Civil Veterinary Department. Madras. Admin. report 1926-33 - 1926-1933
Year: 1926
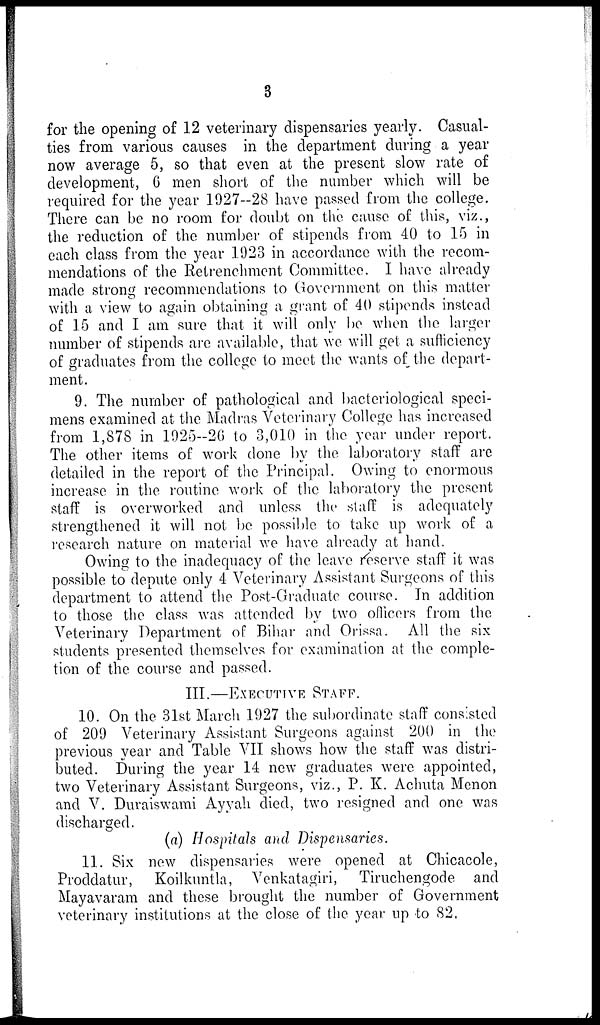
3
for the opening of 12 veterinary dispensaries yearly. Casual-
ties from various causes in the department during a year
now average 5, so that even at the present slow rate of
development, 6 men short of the number which will be
required for the year 1927—28 have passed from the college.
There can be no room for doubt on the cause of this, viz.,
the reduction of the number of stipends from 40 to 15 in
each class from the year 1923 in accordance with the recom-
mendations of the Retrenchment Committee. I have already
made strong recommendations to Government on this matter
with a view to again obtaining a grant of 40 stipends instead
of 15 and I am sure that it will only be when the larger
number of stipends are available, that we will get a sufficiency
of graduates from the college to meet the wants of the depart-
ment.
9. The number of pathological and bacteriological speci-
mens examined at the Madras Veterinary College has increased
from 1,878 in 1925--26 to 3,010 in the year under report.
The other items of work done by the laboratory staff are
detailed in the report of the Principal. Owing to enormous
increase in the routine work of the laboratory the present
staff is overworked and unless the staff is adequately
strengthened it will not be possible to take up work of a
research nature on material we have already at hand.
Owing to the inadequacy of the leave reserve staff it was
possible to depute only 4 Veterinary Assistant Surgeons of this
department to attend the Post-Graduate course. In addition
to those the class was attended by two officers from the
Veterinary Department of Bihar and Orissa. All the six
students presented themselves for examination at the comple-
tion of the course and passed.
III.—EXECUTIVE STAFF.
10. On the 31st March 1927 the subordinate staff consisted
of 209 Veterinary Assistant Surgeons against 200 in the
previous year and Table VII shows how the staff was distri-
buted. During the year 14 new graduates were appointed,
two Veterinary Assistant Surgeons, viz., P. K. Achuta Menon
and V. Duraiswami Ayyah died, two resigned and one was
discharged.
(a) Hospitals and Dispensaries.
11. Six new dispensaries were opened at Chicacole,
Proddatur, Koilkuntla, Venkatagiri, Tiruchengode and
Mayavaram and these brought the number of Government
veterinary institutions at the close of the year up to 82,